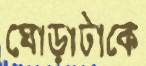
ঘোড়াটাকে